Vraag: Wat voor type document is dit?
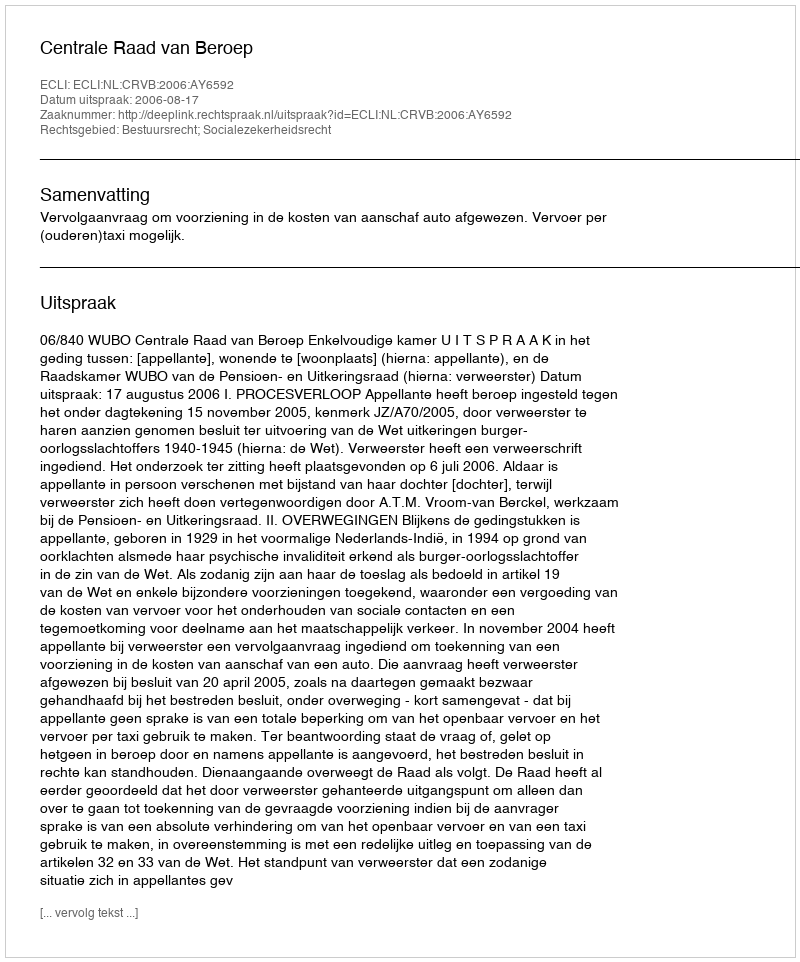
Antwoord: Uitspraak